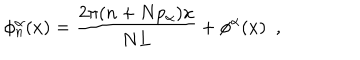
\phi _ { n } ^ { \alpha } ( x ) = \frac { 2 \pi ( n + N p _ { \alpha } ) x } { N L } + \phi ^ { \alpha } ( x ) \ \ ,